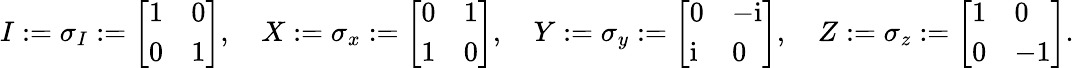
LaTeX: I:=\sigma_{I}:=\left[\begin{array}{ll}{1}&{0}\\ {0}&{1}\end{array}\right],\quad X:=\sigma_{x}:=\left[\begin{array}{ll}{0}&{1}\\ {1}&{0}\end{array}\right],\quad Y:=\sigma_{y}:=\left[\begin{array}{ll}{0}&{-\mathrm{i}}\\ {\mathrm{i}}&{0}\end{array}\right],\quad Z:=\sigma_{z}:=\left[\begin{array}{ll}{1}&{0}\\ {0}&{-1}\end{array}\right].